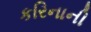
કરિનાની